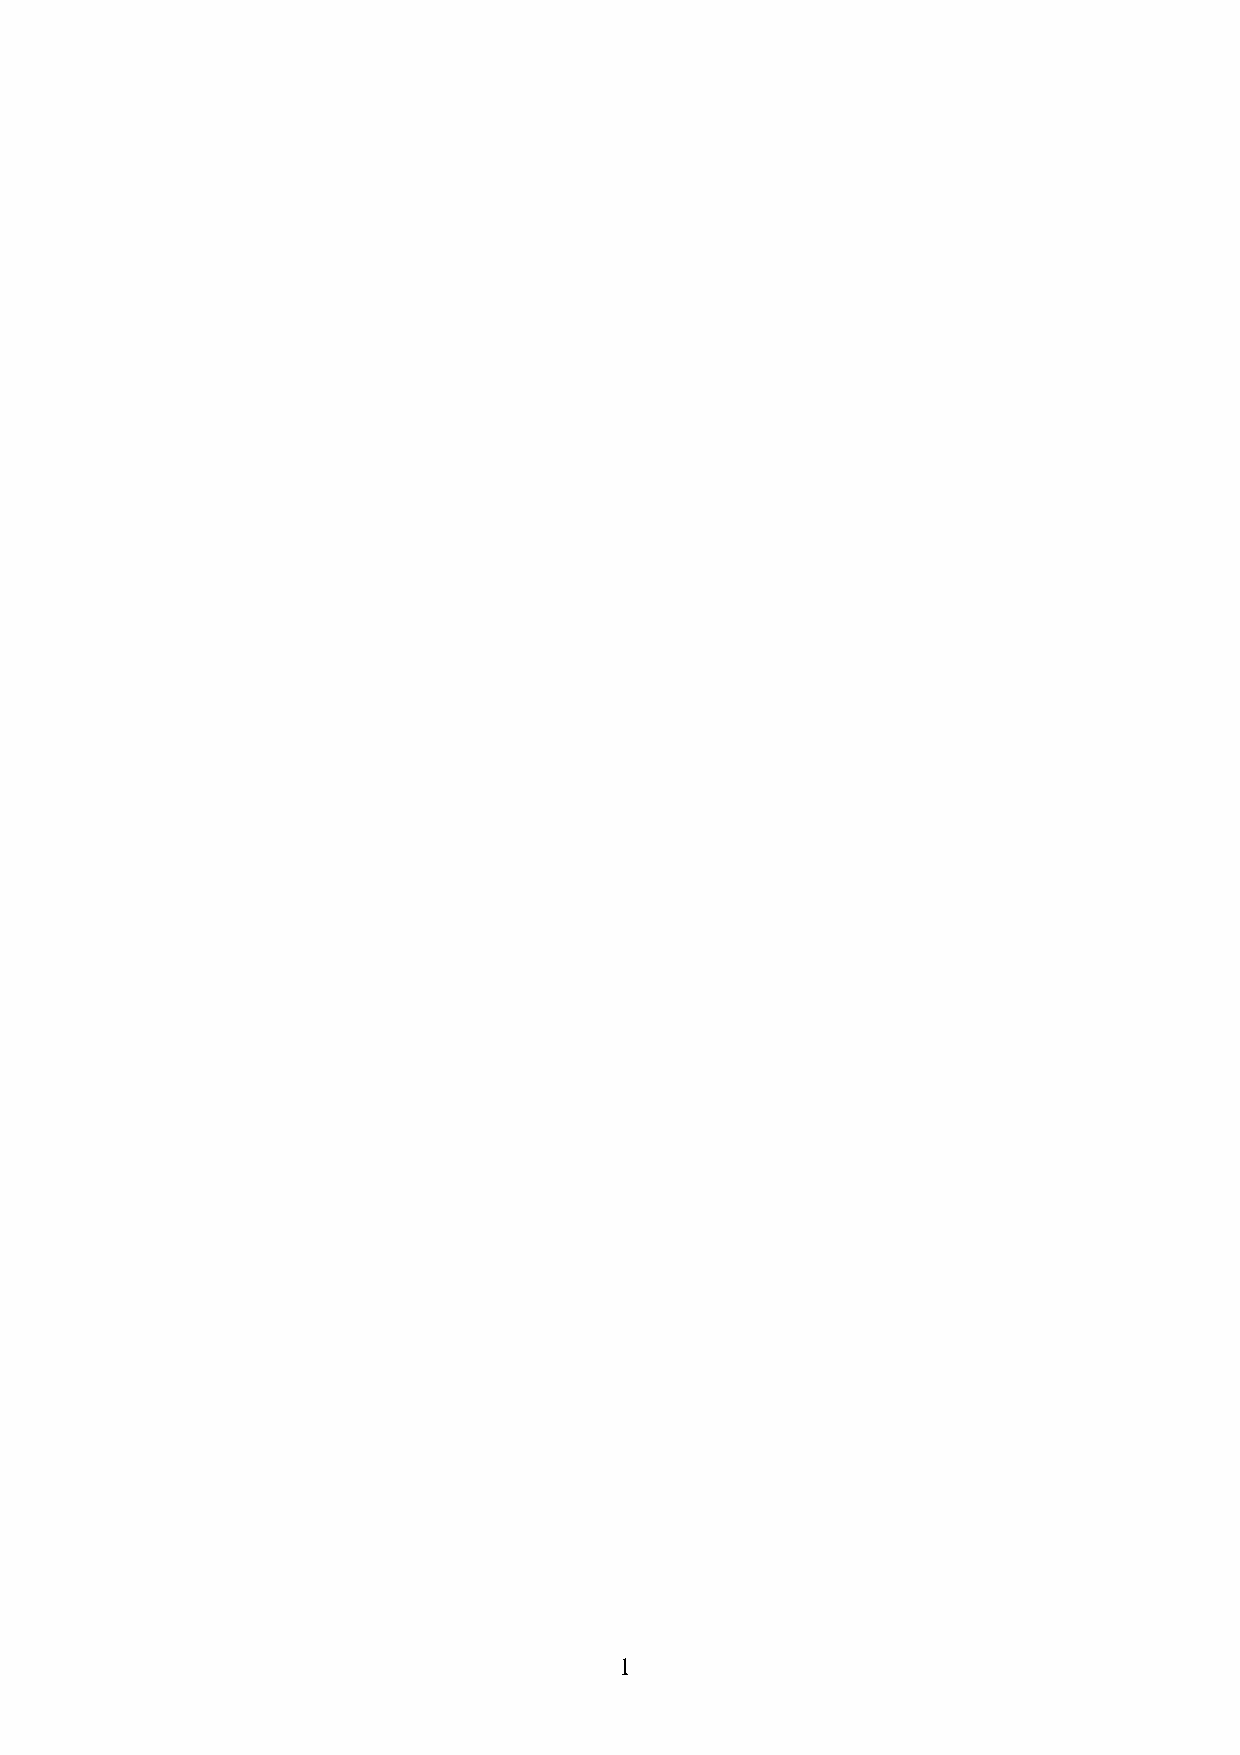
1